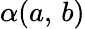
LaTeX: \alpha(a,\, b)